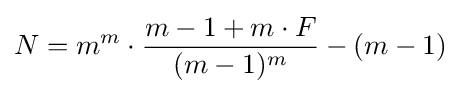
N=m^{m}\cdot {\frac {m-1+m\cdot F}{(m-1)^{m}}}-(m-1)